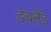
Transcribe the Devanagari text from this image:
डचलैंड